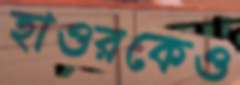
হাওরকেও